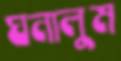
ঘনালুম